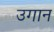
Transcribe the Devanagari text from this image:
उगान